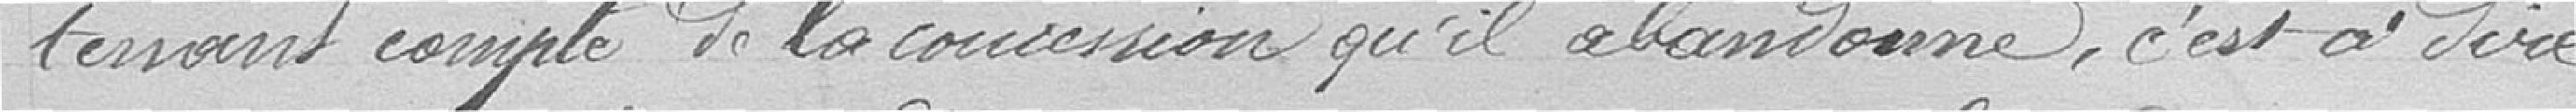
tenant compte de la concession qu'il abandonne, c'est à dire